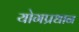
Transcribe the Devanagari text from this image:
योगप्रधान